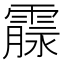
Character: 霡